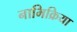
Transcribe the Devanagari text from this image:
नाभिक्रिया